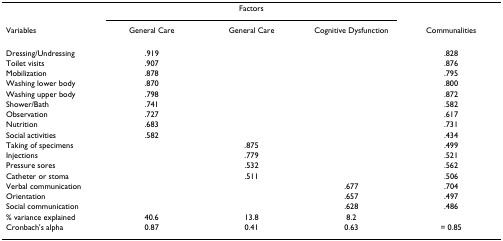
<table><thead><tr><td></td><td colspan="3"><b>Factors</b></td><td></td></tr><tr><td><b>Variables</b></td><td><b>General Care</b></td><td><b>General Care</b></td><td><b>Cognitive Dysfunction</b></td><td><b>Communalities</b></td></tr></thead><tbody><tr><td>Dressing/Undressing</td><td>.919</td><td></td><td></td><td>.828</td></tr><tr><td>Toilet visits</td><td>.907</td><td></td><td></td><td>.876</td></tr><tr><td>Mobilization</td><td>.878</td><td></td><td></td><td>.795</td></tr><tr><td>Washing lower body</td><td>.870</td><td></td><td></td><td>.800</td></tr><tr><td>Washing upper body</td><td>.798</td><td></td><td></td><td>.872</td></tr><tr><td>Shower/Bath</td><td>.741</td><td></td><td></td><td>.582</td></tr><tr><td>Observation</td><td>.727</td><td></td><td></td><td>.617</td></tr><tr><td>Nutrition</td><td>.683</td><td></td><td></td><td>.731</td></tr><tr><td>Social activities</td><td>.582</td><td></td><td></td><td>.434</td></tr><tr><td>Taking of specimens</td><td></td><td>.875</td><td></td><td>.499</td></tr><tr><td>Injections</td><td></td><td>.779</td><td></td><td>.521</td></tr><tr><td>Pressure sores</td><td></td><td>.532</td><td></td><td>.562</td></tr><tr><td>Catheter or stoma</td><td></td><td>.511</td><td></td><td>.506</td></tr><tr><td>Verbal communication</td><td></td><td></td><td>.677</td><td>.704</td></tr><tr><td>Orientation</td><td></td><td></td><td>.657</td><td>.497</td></tr><tr><td>Social communication</td><td></td><td></td><td>.628</td><td>.486</td></tr><tr><td>% variance explained</td><td>40.6</td><td>13.8</td><td>8.2</td><td></td></tr><tr><td>Cronbach&#x27;s alpha</td><td>0.87</td><td>0.41</td><td>0.63</td><td>= 0.85</td></tr></tbody></table>